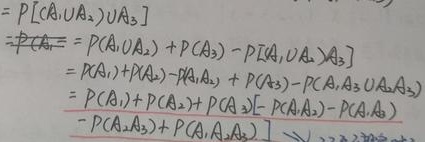
\[
\begin{align*}
&=P[(A_{1}\cup A_{2})\cup A_{3}]\\
&=P( A_{1})=P(A_{1}\cup A_{2}) + P(A_{3})-P[(A_{1}\cup A_{2})\cap A_{3}]\\
&=P(A_{1})+P(A_{2})-P(A_{1}A_{2}) + P(A_{3})-P(A_{1}A_{3}\cup A_{2}A_{3})\\
&=P(A_{1})+P(A_{2})+ P(A_{3})-P(A_{1}A_{2})-P(A_{1}A_{3})-P(A_{2}A_{3})\\
&-P(A_{2}A_{3})+P(A_{1}A_{2}A_{3})
\end{align*}
\]